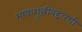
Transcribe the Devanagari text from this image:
भाषाशुद्धीबद्दलची